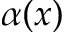
\alpha ( x )